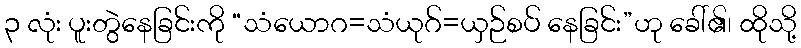
၃ လုံး ပူးတွဲနေခြင်းကို “သံယောဂ=သံယုဂ်=ယှဉ်စပ် နေခြင်း”ဟု ခေါ်၏၊ ထိုသို့